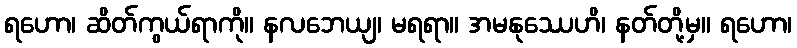
ရဟော၊ ဆိတ်ကွယ်ရာကို။ နလဘေယျ၊ မရရာ။ အမနုဿေဟိ၊ နတ်တို့မှ။ ရဟော၊